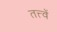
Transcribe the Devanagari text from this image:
तत्त्वें